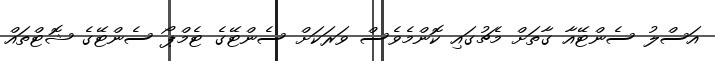
އަސްލު ސެންޓޭއާ ގާތަށް މެޗުގައި ކޮންމެވެސް ވަރަކަށް ސެންޓޭގެ ޓެމްޕޯ ސެންޓޭގެ ޝޮޓްތައް